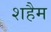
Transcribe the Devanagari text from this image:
शहैम